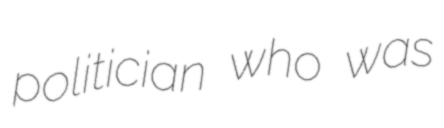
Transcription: politician who was